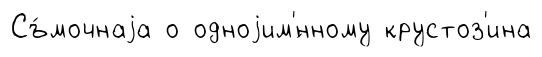
Съ́мочнаjа о одноjим'́нному крустоз'ина